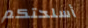
أسلحتكم